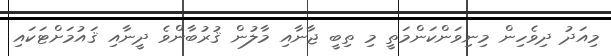
މިއަދު ދިވެހިން މިނިވަންކަންމަތީ މި ތިބީ ޖާނާއި މާލުން ޤުރުބާންވެ ދީނާއި ޤައުމަށްޓަކައި